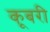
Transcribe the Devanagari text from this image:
कूबरी